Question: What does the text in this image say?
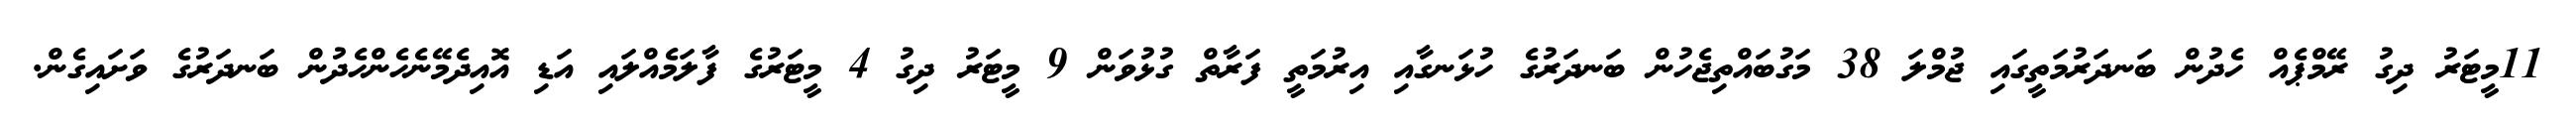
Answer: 11މީޓަރު ދިގު ރޭމްޕެއް ހެދުން ބަނދަރުމަތީގައި ޖުމްލަ 38 މަގުބައްތިޖެހުން ބަނދަރުގެ ހުޅަނގާއި އިރުމަތީ ފަރާތް ގުޅުވަން 9 މީޓަރު ދިގު 4 މީޓަރުގެ ފާލަމެއްލައި އަޑި އޮއިދެމޭނެހެންހެދުން ބަނދަރުގެ ވަށައިގެން.